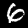
Label: 6